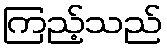
ကြည့်သည်